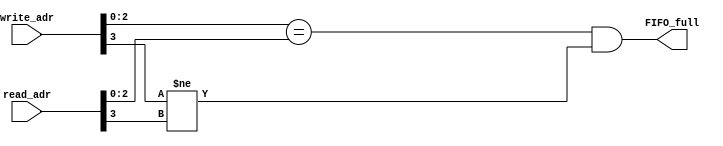
`timescale 1ns / 1ps
//////////////////////////////////////////////////////////////////////////////////
// Company: 
// Engineer: 
// 
// Design Name: 
// Module Name: full_logic
// Project Name: 
// Target Devices: 
// Tool Versions: 
// Description: 
// 
// Dependencies: 
// 
// Revision:
// Revision 0.01 - File Created
// Additional Comments:
// 
//////////////////////////////////////////////////////////////////////////////////


module full_logic#(parameter depth = 8, parameter adr_width = $clog2(depth))(

    input wire [adr_width : 0] write_adr,
    input wire [adr_width : 0] read_adr,
    output wire FIFO_full

    );
    
    assign FIFO_full = (write_adr[adr_width-1:0] == read_adr[adr_width-1:0]) && (write_adr[adr_width] != read_adr[adr_width]);
    
endmodule